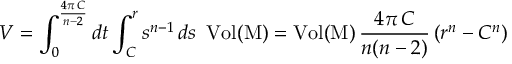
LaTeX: V = \int _ { 0 } ^ { \frac { 4 \pi \, C } { n - 2 } } d t \int _ { C } ^ { r } s ^ { n - 1 } \, d s \, \, \, \mathrm { V o l ( M ) } = \mathrm { V o l ( M ) } \, \frac { 4 \pi \, C } { n ( n - 2 ) } \left( r ^ { n } - C ^ { n } \right)